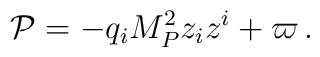
{\cal P}= -q_i M_P^2 z_iz^i +\varpi \,.